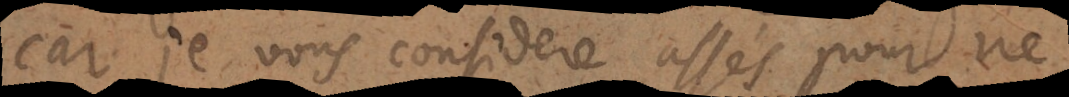
car je vous considere assés pour